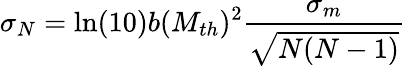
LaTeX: \sigma_{N}=\ln(10)b(M_{th})^{2}\frac{\sigma_{m}}{\sqrt{N(N-1)}}